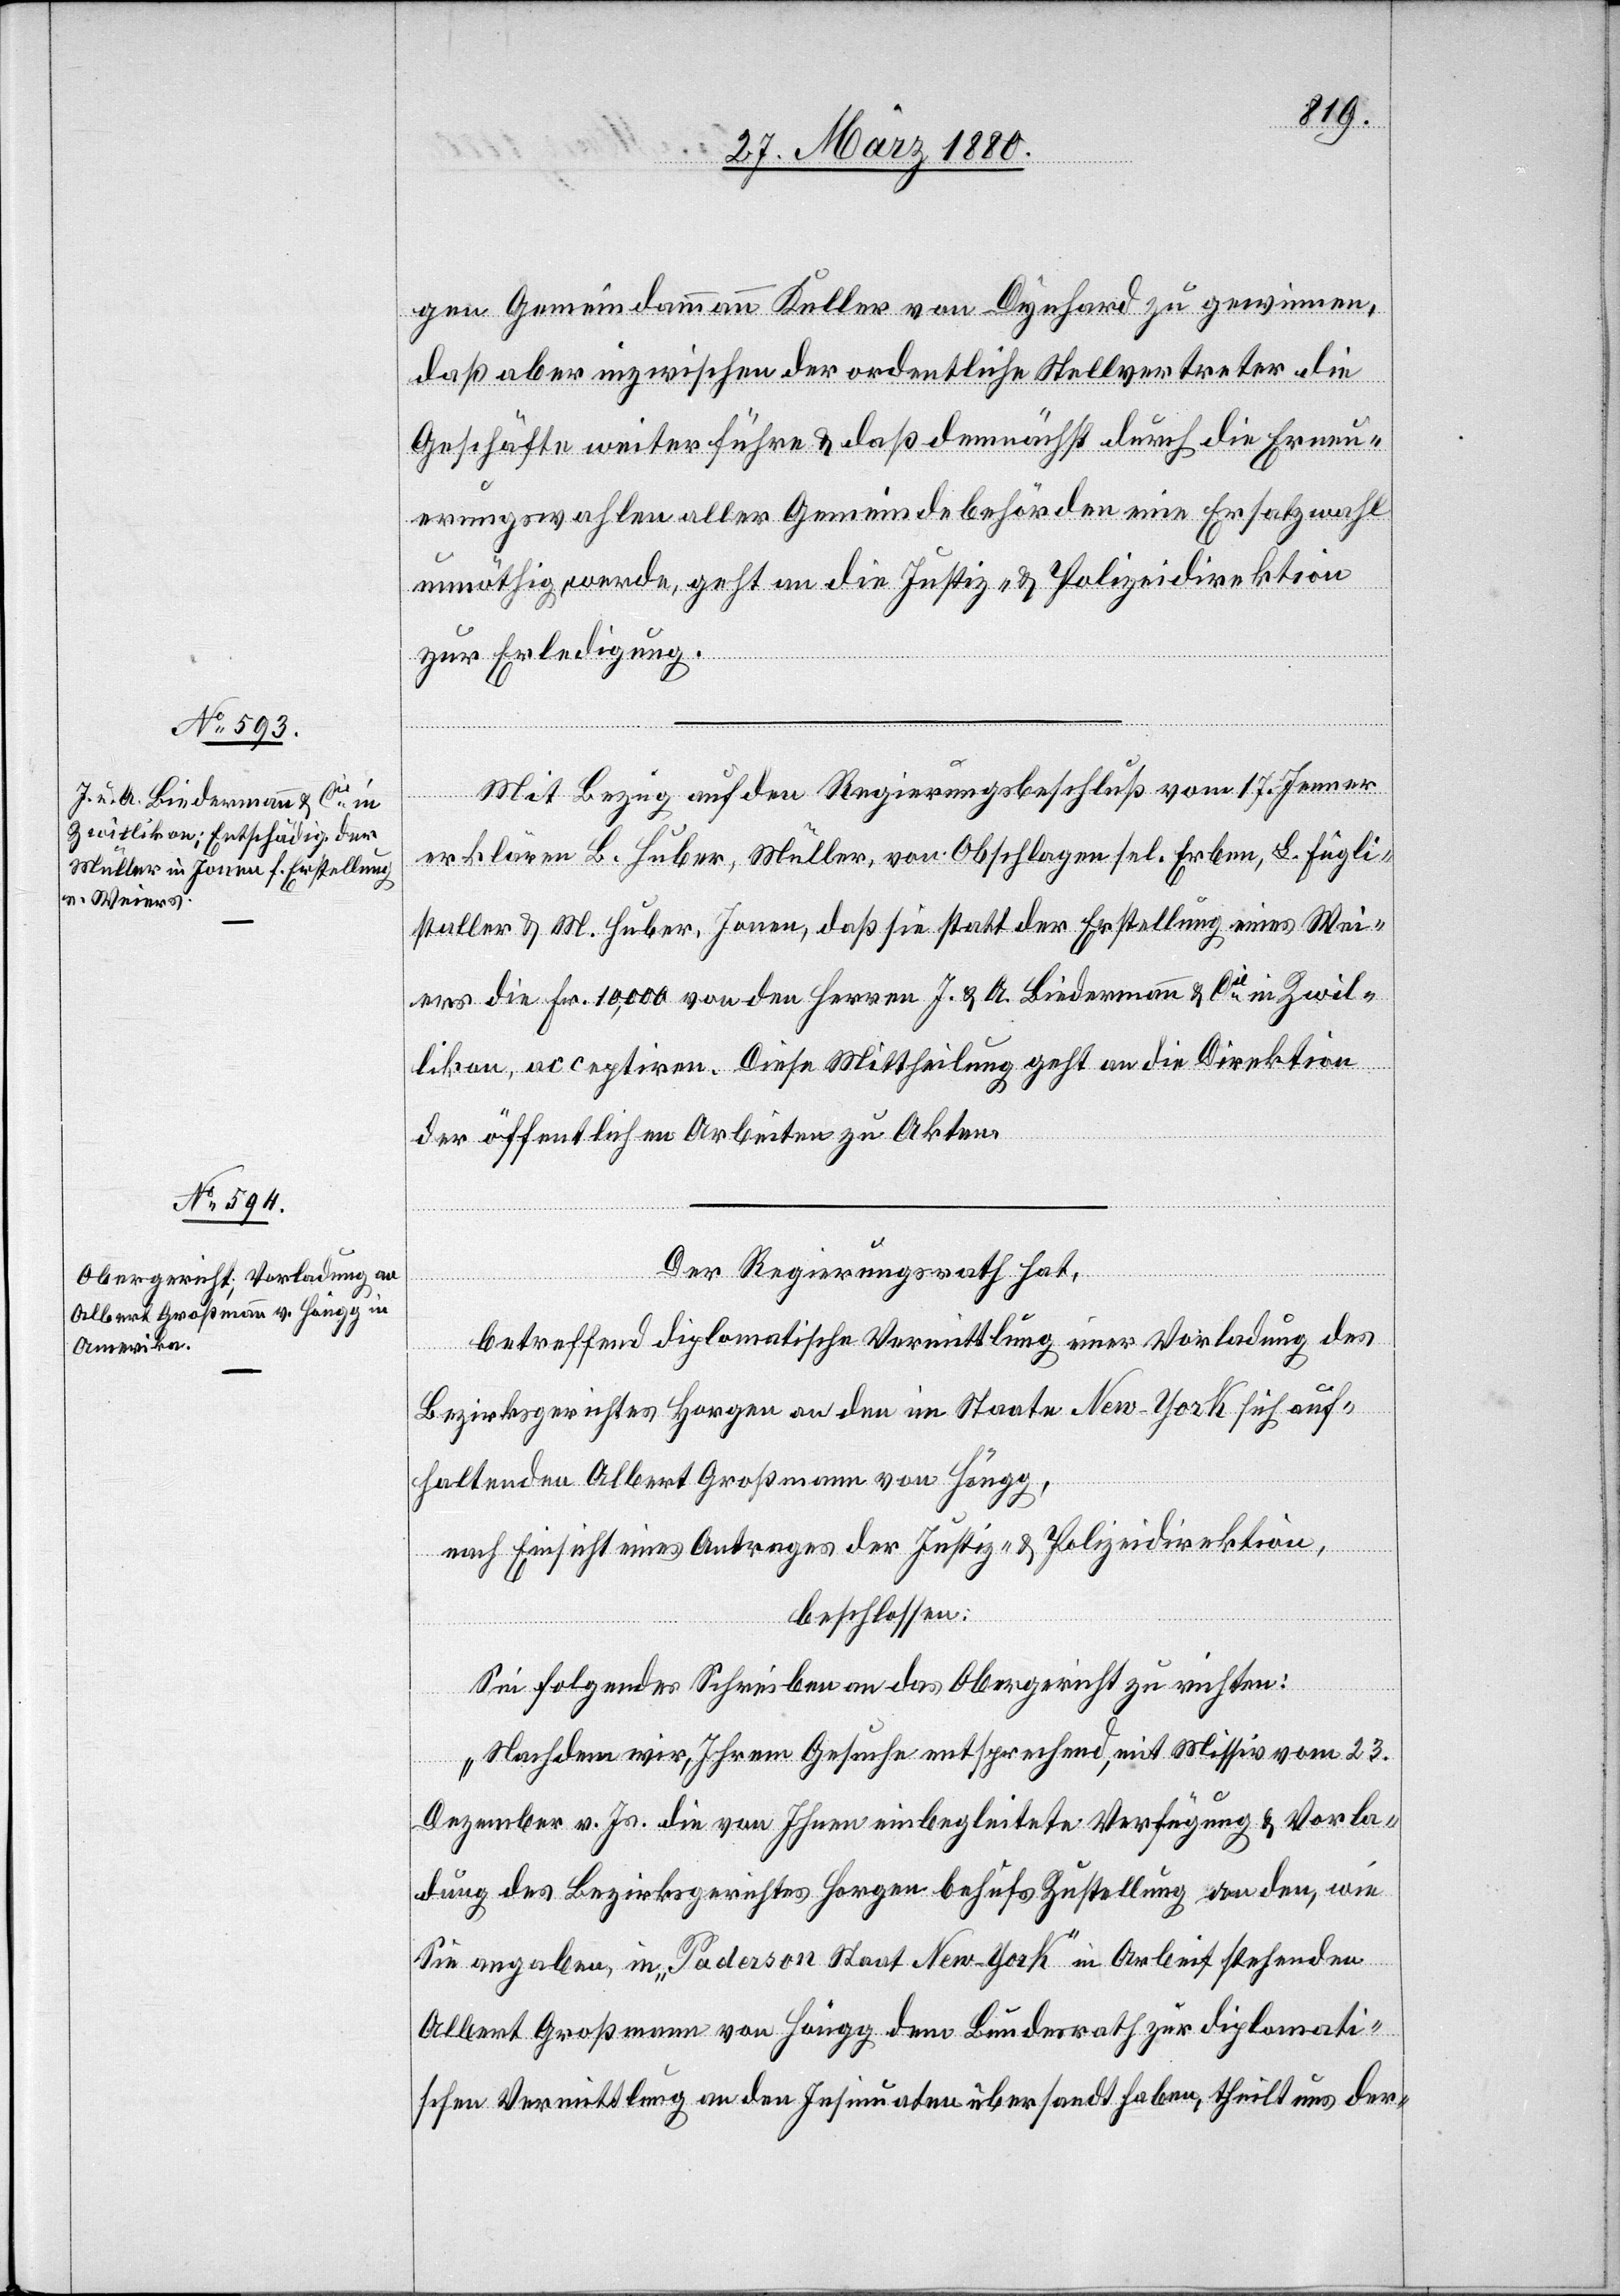
29. März 1880.]
gen Gemeindammann Keller von Dynhard zu gewinnen,
daß aber inzwischen der ordentliche Stellvertreter die
Geschäfte weiter führe & daß demnächst durch die Erneu¬
erungswahlen aller Gemeindebehörden eine Ersatzwahl
unnöthig werde, geht an die Justiz- & Polizeidirektion
zur Erledigung.
Mit Bezug auf den Regierungsbeschluß vom 17. Jenner
gl¬
istaller & M. Huber, Jonen, daß sie statt der Erstellung eines Wei¬
ers die Fr. 10, 000 von den Herren J. & A. Biedermann & Cie in Zwil¬
likon, acceptiren. Diese Mittheilung geht an die Direktion
der öffentlichen Arbeiten zu Akten.
Der Regierungsrath hat,
betreffend diplomatische Vermittlung einer Vorladung des
Bezirksgerichtes Horgen an den im Staate New-York sich auf¬
haltenden Albert Großmann von Höngg,
nach Einsicht eines Antrages der Justiz- & Polizeidirektion,
beschlossen:
Sei folgendes Schreiben an das Obergericht zu richten:
„Nachdem wir, Ihrem Gesuche entsprechend, mit Missiv vom 23.
Dezember v. Js. die von Ihnen einbegleitete Verfügung & Vorla¬
dung des Bezirksgerichtes Horgen behufs Zustellung an den, wie
Sie angaben, in „Paderson Staat New-York“ in Arbeit stehenden
Albert Großmann von Höngg dem Bundesrath zur diplomati¬
schen Vermittlung an den Insinuaten übersandt haben, theilt uns der-